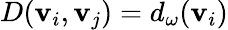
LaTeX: D(\mathbf{v}_{i},\mathbf{v}_{j})=d_{\omega}(\mathbf{v}_{i})